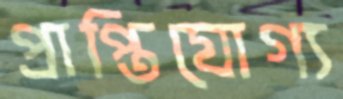
প্রাপ্তিযোগ্য